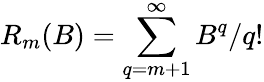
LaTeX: R_{m}(B)=\sum_{q=m+1}^{\infty}B^{q}/q!